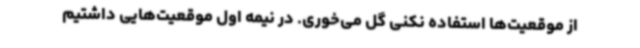
از موقعیت‌ها استفاده نکنی گل می‌خوری. در نیمه اول موقعیت‌هایی داشتیم